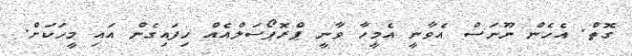
ގޮތް. އެހެން ނޫނަސް އެވާނީ އެމީހާ ވާނީ ޕްރޮޕޯސަލްއެއް ހިފައިގެން އައި މީހަކަށް.